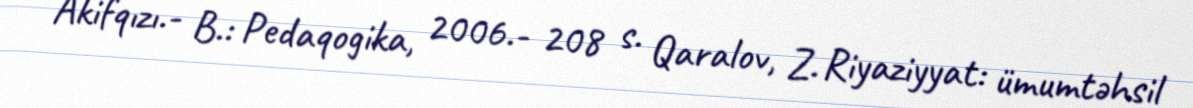
Akifqızı.- B.: Pedaqogika, 2006.- 208 s. Qaralov, Z. Riyaziyyat: ümumtəhsil